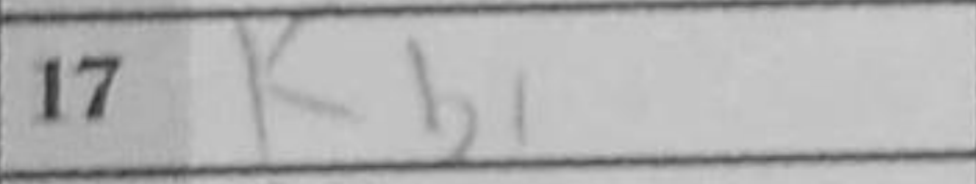
Transcription: Kb1